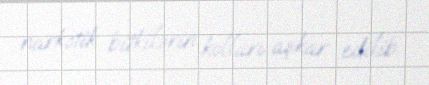
narkotik bitkilərin kolları aşkar edilib.